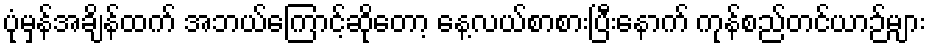
ပုံမှန်အချိန်ထက် အဘယ်ကြောင့်ဆိုတော့ နေ့လယ်စာစားပြီးနောက် ကုန်စည်တင်ယာဉ်များ